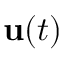
{ \bf \delta u } ( t )